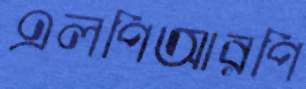
এলপিআরপি